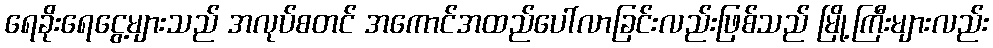
ရေခိုးရေငွေ့များသည် အလုပ်စတင် အကောင်အထည်ပေါ်လာခြင်းလည်းဖြစ်သည် မြို့ကြီးများလည်း